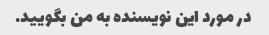
در مورد این نویسنده به من بگویید.